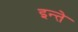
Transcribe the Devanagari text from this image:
इन्ते